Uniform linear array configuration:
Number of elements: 64
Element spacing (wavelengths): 0.75
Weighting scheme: cosine
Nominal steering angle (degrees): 0
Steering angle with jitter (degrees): -0.4078
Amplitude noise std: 0.05
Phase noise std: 0.05

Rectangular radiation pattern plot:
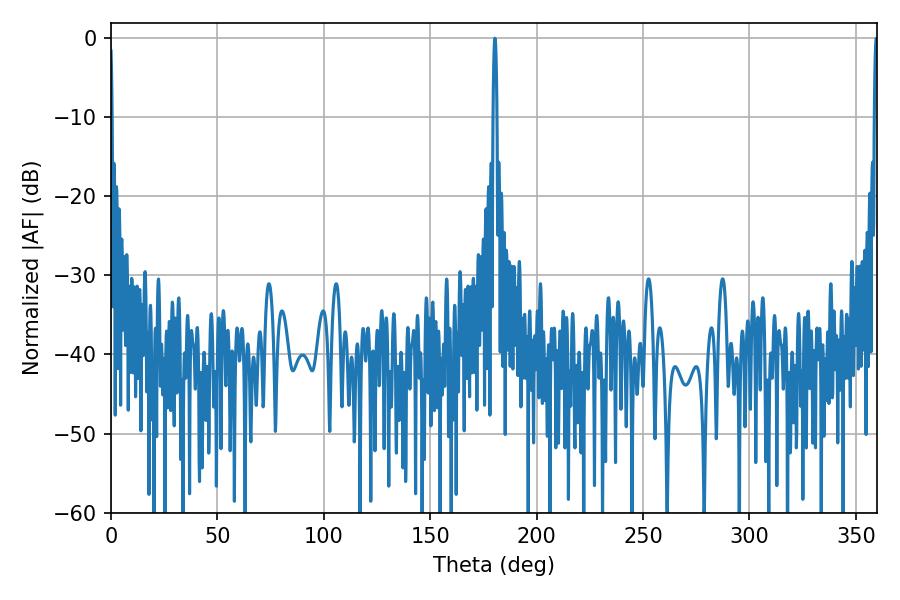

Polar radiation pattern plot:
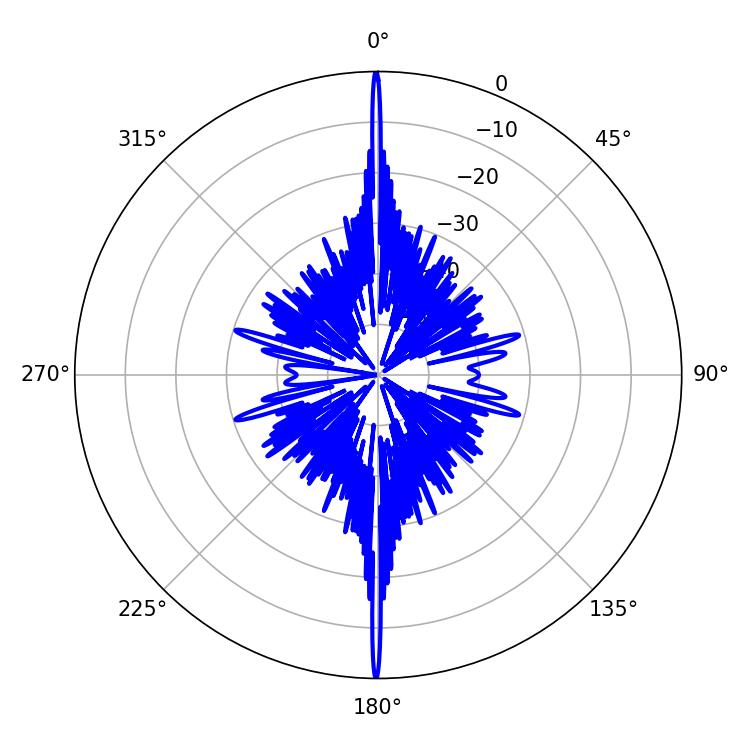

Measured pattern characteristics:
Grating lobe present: TRUE
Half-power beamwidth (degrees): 0.9
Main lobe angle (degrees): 180.36